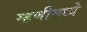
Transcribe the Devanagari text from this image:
म्हणीमध्ये